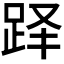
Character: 𬦫